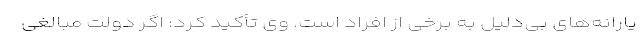
یارانه‌های بی‌دلیل به برخی از افراد است. وی تأکید کرد: اگر دولت مبالغی